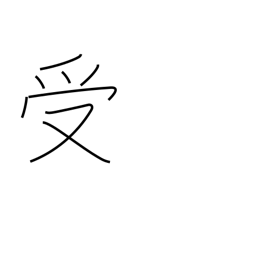
Meaning: catch